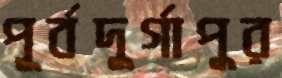
পূর্বদুর্গাপুর